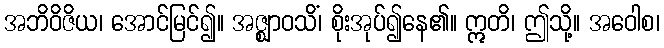
အဘိဝိဇိယ၊ အောင်မြင်၍။ အဇ္ဈာဝသိံ၊ စိုးအုပ်၍နေ၏။ ဣတိ၊ ဤသို့။ အဝေါစ၊